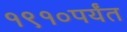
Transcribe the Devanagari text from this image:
१९१०पर्यंत